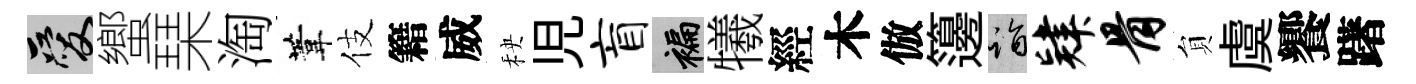
爱蠁琹淘葦伎籍威秧児盲褊犧經木倣籩诣肄骨貟虞饗躇